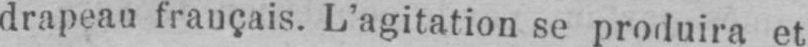
drapeau français. L’agitation se produira et